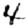
Digit: 4